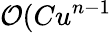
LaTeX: \mathcal{O}(Cu^{n-1}